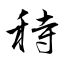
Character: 秲